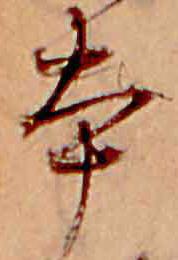
本